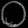
Digit: ၀